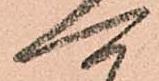
可